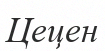
Цецен